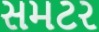
સમટર